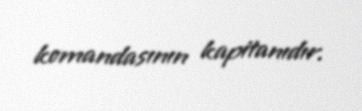
komandasının kapitanıdır.